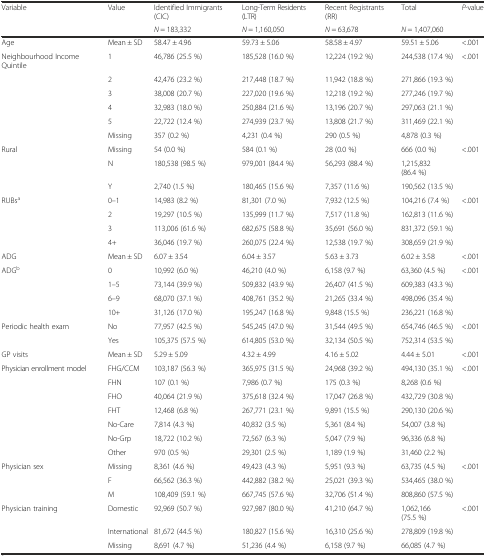
<table><thead><tr><td><b>Variable</b></td><td><b>Value</b></td><td><b>Identified Immigrants (CIC)</b></td><td><b>Long-Term Residents (LTR)</b></td><td><b>Recent Registrants (RR)</b></td><td><b>Total</b></td><td><b><i>P</i>-value</b></td></tr><tr><td></td><td></td><td><b><i>N</i> = 183,332</b></td><td><b><i>N</i> = 1,160,050</b></td><td><b><i>N</i> = 63,678</b></td><td><b><i>N</i> = 1,407,060</b></td><td></td></tr></thead><tbody><tr><td>Age</td><td>Mean ± SD</td><td>58.47 ± 4.96</td><td>59.73 ± 5.06</td><td>58.58 ± 4.97</td><td>59.51 ± 5.06</td><td>&lt;.001</td></tr><tr><td>Neighbourhood Income Quintile</td><td>1</td><td>46,786 (25.5 %)</td><td>185,528 (16.0 %)</td><td>12,224 (19.2 %)</td><td>244,538 (17.4 %)</td><td>&lt;.001</td></tr><tr><td></td><td>2</td><td>42,476 (23.2 %)</td><td>217,448 (18.7 %)</td><td>11,942 (18.8 %)</td><td>271,866 (19.3 %)</td><td></td></tr><tr><td></td><td>3</td><td>38,008 (20.7 %)</td><td>227,020 (19.6 %)</td><td>12,218 (19.2 %)</td><td>277,246 (19.7 %)</td><td></td></tr><tr><td></td><td>4</td><td>32,983 (18.0 %)</td><td>250,884 (21.6 %)</td><td>13,196 (20.7 %)</td><td>297,063 (21.1 %)</td><td></td></tr><tr><td></td><td>5</td><td>22,722 (12.4 %)</td><td>274,939 (23.7 %)</td><td>13,808 (21.7 %)</td><td>311,469 (22.1 %)</td><td></td></tr><tr><td></td><td>Missing</td><td>357 (0.2 %)</td><td>4,231 (0.4 %)</td><td>290 (0.5 %)</td><td>4,878 (0.3 %)</td><td></td></tr><tr><td>Rural</td><td>Missing</td><td>54 (0.0 %)</td><td>584 (0.1 %)</td><td>28 (0.0 %)</td><td>666 (0.0 %)</td><td>&lt;.001</td></tr><tr><td></td><td>N</td><td>180,538 (98.5 %)</td><td>979,001 (84.4 %)</td><td>56,293 (88.4 %)</td><td>1,215,832 (86.4 %)</td><td></td></tr><tr><td></td><td>Y</td><td>2,740 (1.5 %)</td><td>180,465 (15.6 %)</td><td>7,357 (11.6 %)</td><td>190,562 (13.5 %)</td><td></td></tr><tr><td>RUBs<sup>a</sup></td><td>0–1</td><td>14,983 (8.2 %)</td><td>81,301 (7.0 %)</td><td>7,932 (12.5 %)</td><td>104,216 (7.4 %)</td><td>&lt;.001</td></tr><tr><td></td><td>2</td><td>19,297 (10.5 %)</td><td>135,999 (11.7 %)</td><td>7,517 (11.8 %)</td><td>162,813 (11.6 %)</td><td></td></tr><tr><td></td><td>3</td><td>113,006 (61.6 %)</td><td>682,675 (58.8 %)</td><td>35,691 (56.0 %)</td><td>831,372 (59.1 %)</td><td></td></tr><tr><td></td><td>4+</td><td>36,046 (19.7 %)</td><td>260,075 (22.4 %)</td><td>12,538 (19.7 %)</td><td>308,659 (21.9 %)</td><td></td></tr><tr><td>ADG</td><td>Mean ± SD</td><td>6.07 ± 3.54</td><td>6.04 ± 3.57</td><td>5.63 ± 3.73</td><td>6.02 ± 3.58</td><td>&lt;.001</td></tr><tr><td>ADG<sup>b</sup></td><td>0</td><td>10,992 (6.0 %)</td><td>46,210 (4.0 %)</td><td>6,158 (9.7 %)</td><td>63,360 (4.5 %)</td><td>&lt;.001</td></tr><tr><td></td><td>1–5</td><td>73,144 (39.9 %)</td><td>509,832 (43.9 %)</td><td>26,407 (41.5 %)</td><td>609,383 (43.3 %)</td><td></td></tr><tr><td></td><td>6–9</td><td>68,070 (37.1 %)</td><td>408,761 (35.2 %)</td><td>21,265 (33.4 %)</td><td>498,096 (35.4 %)</td><td></td></tr><tr><td></td><td>10+</td><td>31,126 (17.0 %)</td><td>195,247 (16.8 %)</td><td>9,848 (15.5 %)</td><td>236,221 (16.8 %)</td><td></td></tr><tr><td>Periodic health exam</td><td>No</td><td>77,957 (42.5 %)</td><td>545,245 (47.0 %)</td><td>31,544 (49.5 %)</td><td>654,746 (46.5 %)</td><td>&lt;.001</td></tr><tr><td></td><td>Yes</td><td>105,375 (57.5 %)</td><td>614,805 (53.0 %)</td><td>32,134 (50.5 %)</td><td>752,314 (53.5 %)</td><td></td></tr><tr><td>GP visits</td><td>Mean ± SD</td><td>5.29 ± 5.09</td><td>4.32 ± 4.99</td><td>4.16 ± 5.02</td><td>4.44 ± 5.01</td><td>&lt;.001</td></tr><tr><td>Physician enrollment model</td><td>FHG/CCM</td><td>103,187 (56.3 %)</td><td>365,975 (31.5 %)</td><td>24,968 (39.2 %)</td><td>494,130 (35.1 %)</td><td>&lt;.001</td></tr><tr><td></td><td>FHN</td><td>107 (0.1 %)</td><td>7,986 (0.7 %)</td><td>175 (0.3 %)</td><td>8,268 (0.6 %)</td><td></td></tr><tr><td></td><td>FHO</td><td>40,064 (21.9 %)</td><td>375,618 (32.4 %)</td><td>17,047 (26.8 %)</td><td>432,729 (30.8 %)</td><td></td></tr><tr><td></td><td>FHT</td><td>12,468 (6.8 %)</td><td>267,771 (23.1 %)</td><td>9,891 (15.5 %)</td><td>290,130 (20.6 %)</td><td></td></tr><tr><td></td><td>No-Care</td><td>7,814 (4.3 %)</td><td>40,832 (3.5 %)</td><td>5,361 (8.4 %)</td><td>54,007 (3.8 %)</td><td></td></tr><tr><td></td><td>No-Grp</td><td>18,722 (10.2 %)</td><td>72,567 (6.3 %)</td><td>5,047 (7.9 %)</td><td>96,336 (6.8 %)</td><td></td></tr><tr><td></td><td>Other</td><td>970 (0.5 %)</td><td>29,301 (2.5 %)</td><td>1,189 (1.9 %)</td><td>31,460 (2.2 %)</td><td></td></tr><tr><td>Physician sex</td><td>Missing</td><td>8,361 (4.6 %)</td><td>49,423 (4.3 %)</td><td>5,951 (9.3 %)</td><td>63,735 (4.5 %)</td><td>&lt;.001</td></tr><tr><td></td><td>F</td><td>66,562 (36.3 %)</td><td>442,882 (38.2 %)</td><td>25,021 (39.3 %)</td><td>534,465 (38.0 %)</td><td></td></tr><tr><td></td><td>M</td><td>108,409 (59.1 %)</td><td>667,745 (57.6 %)</td><td>32,706 (51.4 %)</td><td>808,860 (57.5 %)</td><td></td></tr><tr><td>Physician training</td><td>Domestic</td><td>92,969 (50.7 %)</td><td>927,987 (80.0 %)</td><td>41,210 (64.7 %)</td><td>1,062,166 (75.5 %)</td><td>&lt;.001</td></tr><tr><td></td><td>International</td><td>81,672 (44.5 %)</td><td>180,827 (15.6 %)</td><td>16,310 (25.6 %)</td><td>278,809 (19.8 %)</td><td></td></tr><tr><td></td><td>Missing</td><td>8,691 (4.7 %)</td><td>51,236 (4.4 %)</td><td>6,158 (9.7 %)</td><td>66,085 (4.7 %)</td><td></td></tr></tbody></table>